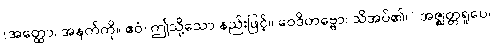
(အတ္ထော၊ အနက်ကို။ ဧဝံ၊ ဤသို့သော နည်းဖြင့်။ ဝေဒိတဗ္ဗော၊ သိအပ်၏။) အဇ္ဈတ္တရူပေ၊